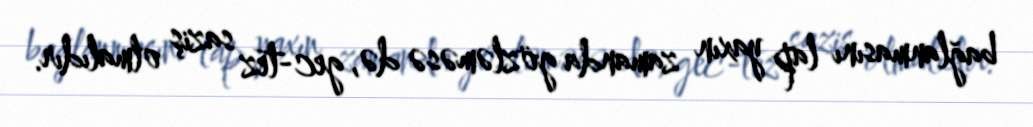
bağlanmasını lap yaxın zamanda gözləməsə də, gec-tez saziş olmalıdır.